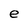
Character: e